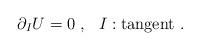
LaTeX: \begin{align*}\partial_I U = 0 ~,~~ I : \mbox{tangent} ~.\end{align*}